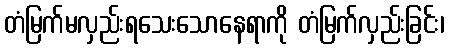
တံမြက်မလှည်းရသေးသောနေရာကို တံမြက်လှည်းခြင်း၊